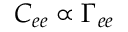
C _ { e e } \propto \Gamma _ { e e }